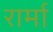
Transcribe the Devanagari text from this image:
रार्मा